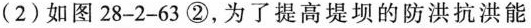
(2)如图28-2-63②，为了提高堤坝的防洪抗洪能